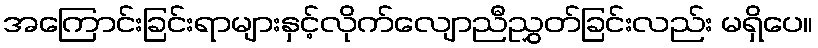
အကြောင်းခြင်းရာများနှင့်လိုက်လျောညီညွှတ်ခြင်းလည်း မရှိပေ။